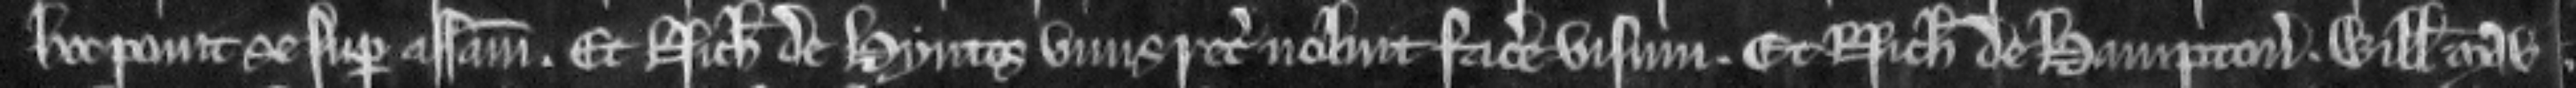
hoc ponit se super assisam. Et Nicholaus de Hyntes unus recognitor noluit facere visum. Et Nicholaus de Hampton. Willelmus Mau